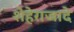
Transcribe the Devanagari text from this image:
शेहेराजादे